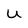
Character: U